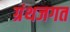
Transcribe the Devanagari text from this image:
ग्रंथजगत